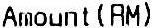
AMOUN(RM)